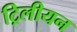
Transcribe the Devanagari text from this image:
ट्रिलीयन